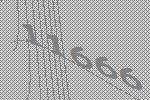
11666